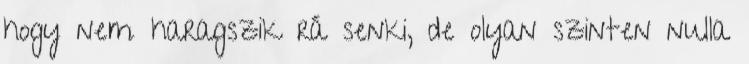
hogy nem haragszik rá senki, de olyan szinten nulla